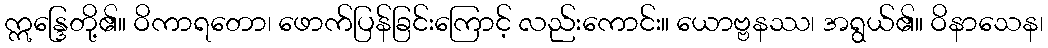
ဣန္ဒြေတို့၏။ ဝိကာရတော၊ ဖောက်ပြန်ခြင်းကြောင့် လည်းကောင်း။ ယောဗ္ဗနဿ၊ အရွယ်၏။ ဝိနာသေန၊